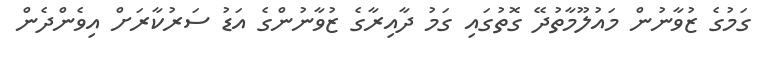
ގަމުގެ ޒުވާނުން މައުލޫމާތުދޭ ގޮތުގައި ގަމު ދާއިރާގެ ޒުވާނުންގެ އަޑު ސަރުކާރަށް އިވެންދެން